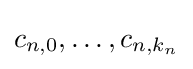
c_{n,0},\dots ,c_{n,k_{n}}